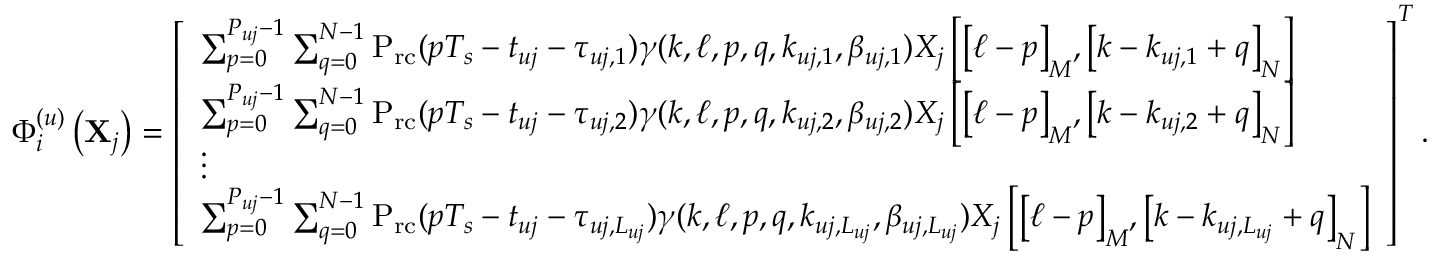
\begin{array} { r } { \Phi _ { i } ^ { ( u ) } \left( { { { \bf { X } } _ { j } } } \right) = \left[ \begin{array} { l } { { \sum _ { p = 0 } ^ { { P _ { u j } } - 1 } { \sum _ { q = 0 } ^ { N - 1 } { { \mathrm { { P } } _ { \mathrm { r c } } } ( p { T _ { s } } - { t _ { u j } } - { \tau _ { u j , 1 } } ) \gamma ( k , \ell , p , q , { k _ { u j , 1 } } , { \beta _ { u j , 1 } } ) { X _ { j } } \left[ { { { \left[ { \ell - p } \right] } _ { M } } , { { \left[ { k - { k _ { u j , 1 } } + q } \right] } _ { N } } } \right] } } } } \\ { { \sum _ { p = 0 } ^ { { P _ { u j } } - 1 } { \sum _ { q = 0 } ^ { N - 1 } { { { \mathrm { P } } _ { \mathrm { r c } } } ( p { T _ { s } } - { t _ { u j } } - { \tau _ { u j , 2 } } ) \gamma ( k , \ell , p , q , { k _ { u j , 2 } } , { \beta _ { u j , 2 } } ) { X _ { j } } \left[ { { { \left[ { \ell - p } \right] } _ { M } } , { { \left[ { k - { k _ { u j , 2 } } + q } \right] } _ { N } } } \right] } } } } \\ { \vdots } \\ { { \sum _ { p = 0 } ^ { { P _ { u j } } - 1 } { \sum _ { q = 0 } ^ { N - 1 } { { \mathrm { { P } } _ { \mathrm { r c } } } ( p { T _ { s } } - { t _ { u j } } - { \tau _ { u j , { L _ { u j } } } } ) \gamma ( k , \ell , p , q , { k _ { u j , { L _ { u j } } } } , { \beta _ { u j , { L _ { u j } } } } ) { X _ { j } } \left[ { { { \left[ { \ell - p } \right] } _ { M } } , { { \left[ { k - { k _ { u j , { L _ { u j } } } } + q } \right] } _ { N } } } \right] } } } } \end{array} \right] ^ { T } . } \end{array}